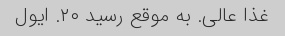
غذا عالی. به موقع رسید ۲۰. ایول